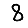
Digit: 8